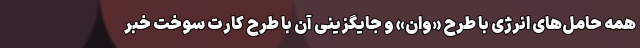
همه حامل‌های انرژی با طرح «وان» و جایگزینی آن با طرح کارت سوخت خبر